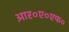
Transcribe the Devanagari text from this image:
आर०ए०एफ०